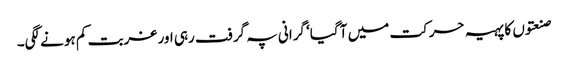
صنعتوں کا پہیہ حرکت میں آ گیا‘ گرانی پہ گرفت رہی اور غربت کم ہونے لگی۔